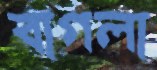
বাগলা